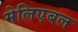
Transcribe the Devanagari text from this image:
मेलिएबल